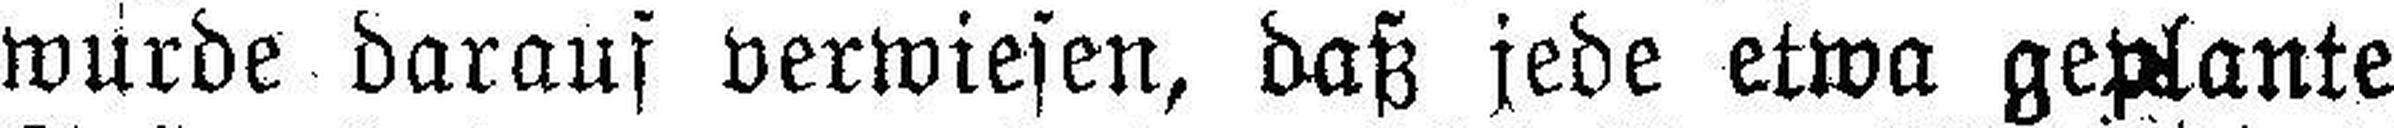
wurde darauf verwiesen, daß jede etwa geplante